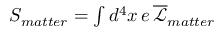
\begin{array} { r } { S _ { m a t t e r } = \int d ^ { 4 } x \, e \, \overline { { \mathcal { L } } } _ { m a t t e r } } \end{array}